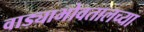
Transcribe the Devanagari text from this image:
वाड्याभोवतालच्या